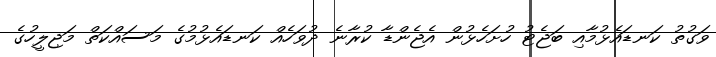
ވަގުތު ކަނޑައެޅުމާއި ބަޖެޓު ހުށަހެޅުން އެޖެންޑާ ކުރާނެ ދުވަހެއް ކަނޑައެޅުމުގެ މަސައްކަތް މަޖިލީހުގެ